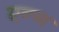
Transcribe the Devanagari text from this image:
एन्ग